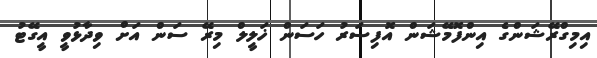
އިމިގްރޭޝަންގެ އިންފޮމޭޝަން އޮފިސަރު ހަސަން ޚަލީލް މިރޭ ސަން އަށް ވިދާޅުވީ އީގޭޓު